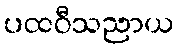
ပထဝီသညာယ